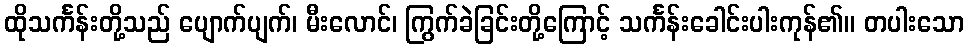
ထိုသင်္ကန်းတို့သည် ပျောက်ပျက်၊ မီးလောင်၊ ကြွက်ခဲခြင်းတို့ကြောင့် သင်္ကန်းခေါင်းပါးကုန်၏။ တပါးသော